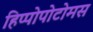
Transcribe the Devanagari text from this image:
हिप्पोपोटोमस